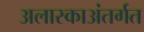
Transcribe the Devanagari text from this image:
अलास्काअंतर्गत